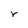
Character: r